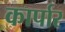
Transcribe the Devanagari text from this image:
कार्पार